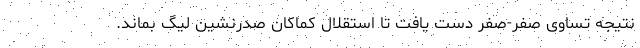
نتیجه تساوی صفر-صفر دست یافت تا استقلال کماکان صدرنشین لیگ بماند.